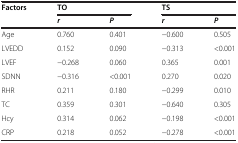
<table><thead><tr><td rowspan="2"><b>Factors</b></td><td colspan="2"><b>TO</b></td><td colspan="2"><b>TS</b></td></tr><tr><td><b><i>r</i></b></td><td><b><i>P</i></b></td><td><b><i>r</i></b></td><td><b><i>P</i></b></td></tr></thead><tbody><tr><td>Age</td><td>0.760</td><td>0.401</td><td>-0.600</td><td>0.505</td></tr><tr><td>LVEDD</td><td>0.152</td><td>0.090</td><td>-0.313</td><td>&lt;0.001</td></tr><tr><td>LVEF</td><td>-0.268</td><td>0.060</td><td>0.365</td><td>0.001</td></tr><tr><td>SDNN</td><td>-0.316</td><td>&lt;0.001</td><td>0.270</td><td>0.020</td></tr><tr><td>RHR</td><td>0.211</td><td>0.180</td><td>-0.299</td><td>0.010</td></tr><tr><td>TC</td><td>0.359</td><td>0.301</td><td>-0.640</td><td>0.305</td></tr><tr><td>Hcy</td><td>0.314</td><td>0.062</td><td>-0.198</td><td>&lt;0.001</td></tr><tr><td>CRP</td><td>0.218</td><td>0.052</td><td>-0.278</td><td>&lt;0.001</td></tr></tbody></table>